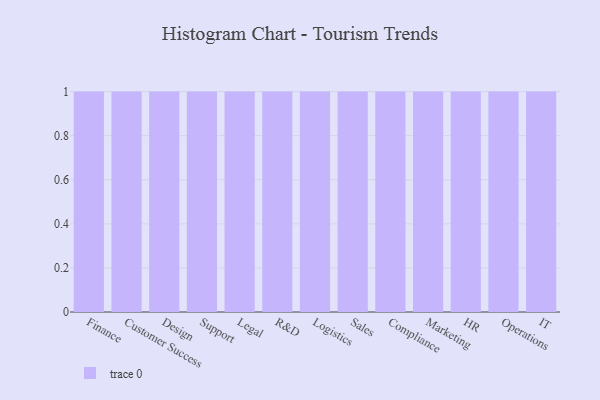
{"axis": {"x": "Department", "y": "Tickets Resolved"}, "legend": [""], "data": [{"x": "Finance", "y": 42, "type": ""}, {"x": "Customer Success", "y": 61, "type": ""}, {"x": "Design", "y": 52, "type": ""}, {"x": "Support", "y": 95, "type": ""}, {"x": "Legal", "y": 71, "type": ""}, {"x": "R&D", "y": 56, "type": ""}, {"x": "Logistics", "y": 32, "type": ""}, {"x": "Sales", "y": 40, "type": ""}, {"x": "Compliance", "y": 63, "type": ""}, {"x": "Marketing", "y": 43, "type": ""}, {"x": "HR", "y": 57, "type": ""}, {"x": "Operations", "y": 7, "type": ""}, {"x": "IT", "y": 3, "type": ""}]}